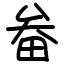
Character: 畚